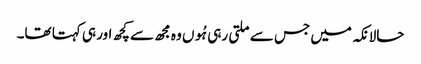
حالانکہ میں جس سے ملتی رہی ہُوں وہ مجھ سے کچھ اور ہی کہتا تھا۔